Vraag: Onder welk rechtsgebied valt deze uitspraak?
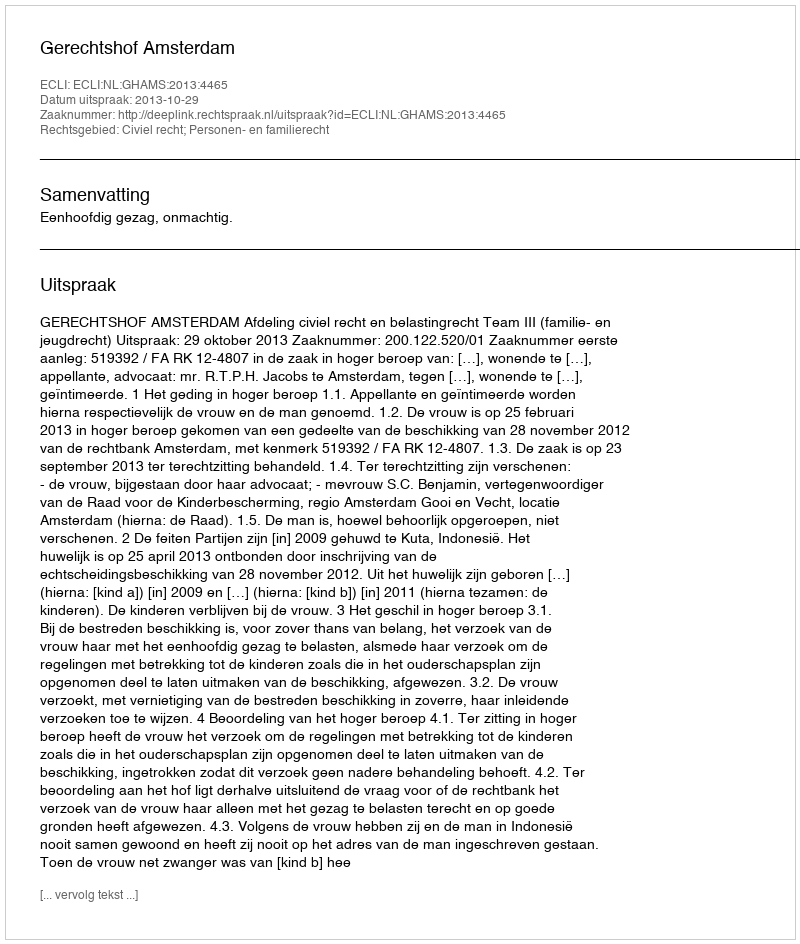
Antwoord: Civiel recht; Personen- en familierecht